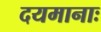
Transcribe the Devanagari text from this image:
दयमानाः